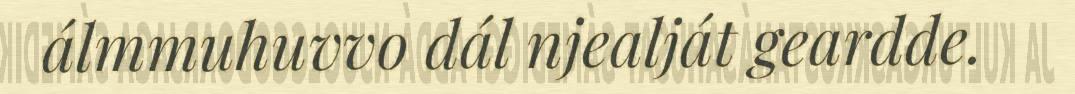
álmmuhuvvo dál njealját geardde.